Leaving Certificate Examination (including Day School Certificate (Higher) General paper), 1939
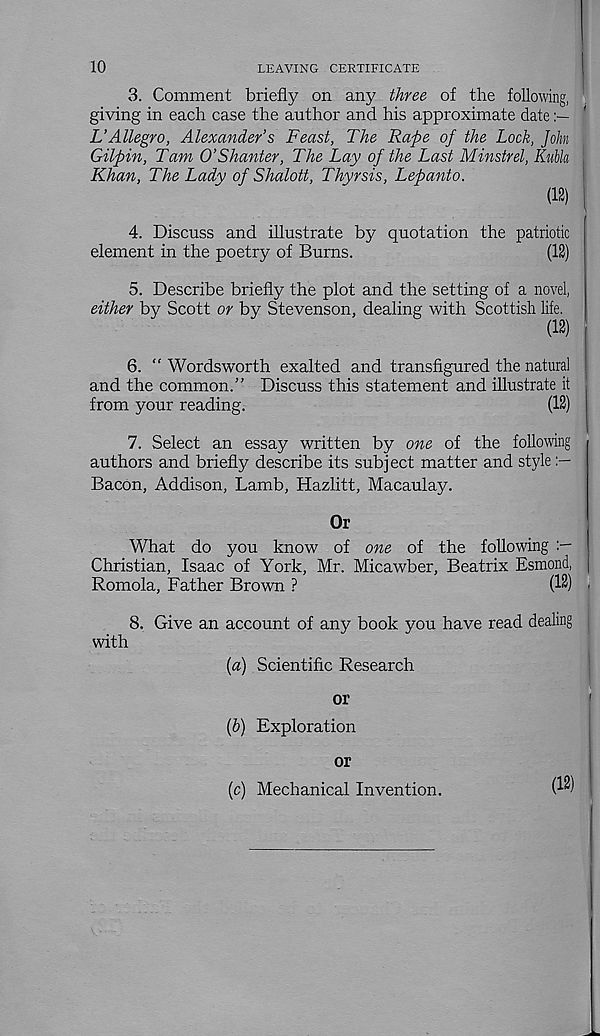
10
LEAVING CERTIFICATE
3. Comment briefly on any three of the following,
giving in each case the author and his approximate date
L’Allegro, Alexander’s Feast, The Rape of the Lock, John
Gilpin, Tam O’Shanter, The Lay of the Last Minstrel, Kubk
Khan, The Lady of Shalott, Thyrsis, Lepanto.
(12)
4. Discuss and illustrate by quotation the patriotic
element in the poetry of Burns.
(12)
5. Describe briefly the plot and the setting of a novel,
either by Scott or by Stevenson, dealing with Scottish life.
(12)
6. “ Wordsworth exalted and transfigured the natural
and the common/’ Discuss this statement and illustrate it
from your reading.
(12)
7. Select an essay written by one of the following
authors and briefly describe its subject matter and style
Bacon, Addison, Lamb, Hazlitt, Macaulay.
Or
What do you know of one of the following
Christian, Isaac of York, Mr. Micawber, Beatrix Esmond,
Romola, Father Brown ?
(12)
8.
Give an account of
with
[a)
S
or
(b)
E
or
(c)
M (12)